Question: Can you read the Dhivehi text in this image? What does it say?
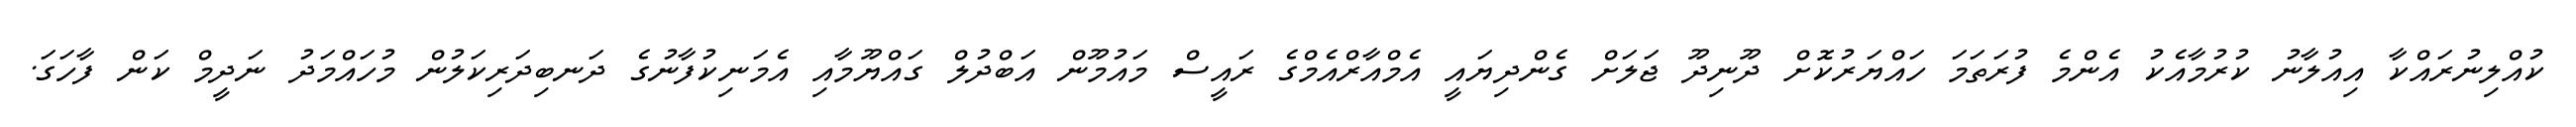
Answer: ކުއްލިނުރައްކާ އިއުލާނު ކުރުމާއެކު އެންމެ ފުރަތަމަ ހައްޔަރުކޮށް ދޫނިދޫ ޖަލަށް ގެންދިޔައީ އެމްއާރްއެމްގެ ރައީސް މައުމޫން އަބްދުލް ގައްޔޫމާއި އެމަނިކުފާނުގެ ދަނބިދަރިކަލުން މުހައްމަދު ނަދީމް ކަން ފާހަގަ.